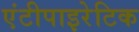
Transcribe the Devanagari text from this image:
एंटीपाइरेटिक